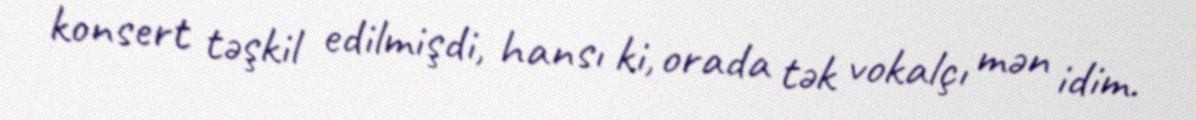
konsert təşkil edilmişdi, hansı ki, orada tək vokalçı mən idim.